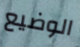
الوضيع